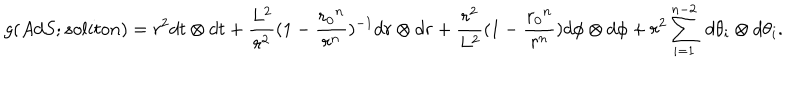
LaTeX: g ( A d S ; s o l i t o n ) = { r ^ { 2 } } d t \otimes d t + { \frac { L ^ { 2 } } { r ^ { 2 } } } { ( 1 - { \frac { { r _ { 0 } } ^ { n } } { r ^ { n } } } ) ^ { - 1 } } d r \otimes d r + { \frac { r ^ { 2 } } { L ^ { 2 } } } { ( 1 - { \frac { { r _ { 0 } } ^ { n } } { r ^ { n } } } ) } d \phi \otimes d \phi + { r ^ { 2 } } \sum _ { i = 1 } ^ { n - 2 } \; d \theta _ { i } \otimes d \theta _ { i } .